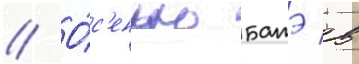
// О́с'енью батэ в